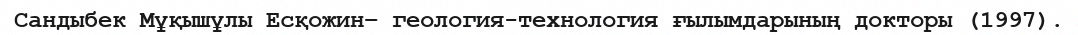
Сандыбек Мұқышұлы Есқожин– геология-технология ғылымдарының докторы (1997).